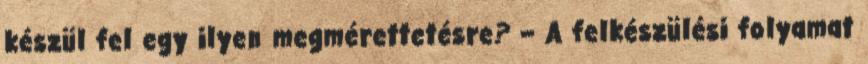
készül fel egy ilyen megmérettetésre? – A felkészülési folyamat